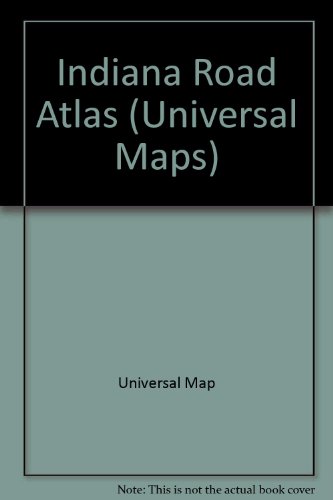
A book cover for Indiana Road Atlas (Universal Maps); Universal Map; Travel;